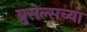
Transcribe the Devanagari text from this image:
ब्रुसेल्सच्या